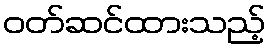
ဝတ်ဆင်ထားသည့်